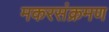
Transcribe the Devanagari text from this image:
मकरसंक्रमण